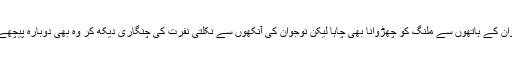
عورت نے آگے بڑھ کر نوجوان کے ہاتھوں سے ملنگ کو چھڑوانا بھی چاہا لیکن نوجوان کی آنکھوں سے نِکلتی نفرت کی چنگاری دیکھ کر وہ بھی دوبارہ پیچھے کھسکنے پر مجبور ہو گئی۔